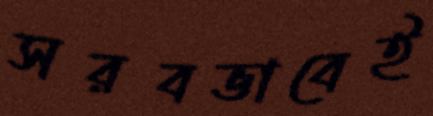
সরবভাবেই